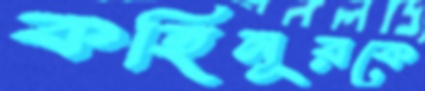
কহিনূরকে